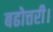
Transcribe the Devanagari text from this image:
बढोत्तरी।